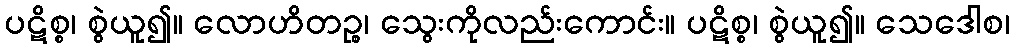
ပဋိစ္စ၊ စွဲယူ၍။ လောဟိတဉ္စ၊ သွေးကိုလည်းကောင်း။ ပဋိစ္စ၊ စွဲယူ၍။ သေဒေါစ၊